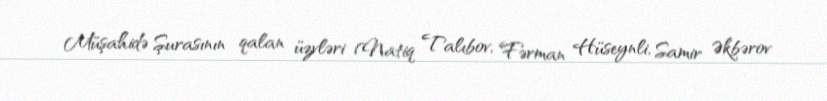
Müşahidə Şurasının qalan üzvləri (Natiq Talıbov, Fərman Hüseynli, Samir Əkbərov